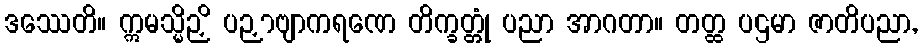
ဒဿေတိ။ ဣမသ္မိဉှိ ပဉှာဗျာကရဏေ တိက္ခတ္တုံ ပညာ အာဂတာ။ တတ္ထ ပဌမာ ဇာတိပညာ,